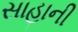
સાહાની